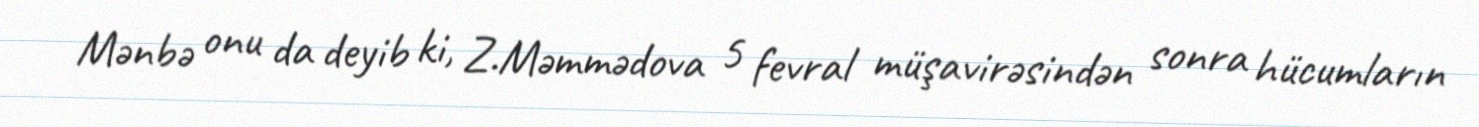
Mənbə onu da deyib ki, Z.Məmmədova 5 fevral müşavirəsindən sonra hücumların